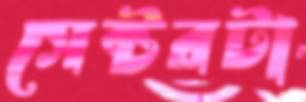
সেক্টরটা